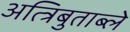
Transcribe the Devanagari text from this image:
अत्त्रिबुताब्ले